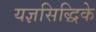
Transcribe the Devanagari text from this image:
यज्ञसिद्धिके